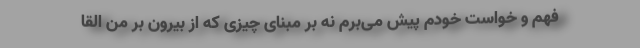
فهم و خواست خودم پیش می‌برم نه بر مبنای چیزی که از بیرون بر من القا